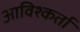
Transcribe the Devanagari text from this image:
आविश्कर्ता